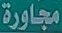
مجاورة